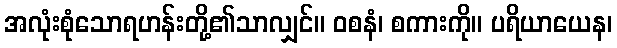
အလုံးစုံသောရဟန်းတို့၏သာလျှင်။ ဝစနံ၊ စကားကို။ ပရိယာယေန၊